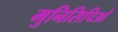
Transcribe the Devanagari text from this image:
मुनिसिपिओ